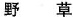
野草